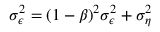
\sigma _ { \epsilon } ^ { 2 } = ( 1 - \beta ) ^ { 2 } \sigma _ { \epsilon } ^ { 2 } + \sigma _ { \eta } ^ { 2 }